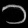
Digit: ၁